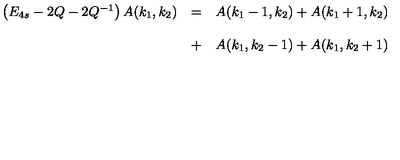
\begin{array} { l l l } { \left( E _ { 4 s } - 2 Q - 2 Q ^ { - 1 } \right) A ( k _ { 1 } , k _ { 2 } ) } & { = } & { A ( k _ { 1 } - 1 , k _ { 2 } ) + A ( k _ { 1 } + 1 , k _ { 2 } ) } \\ { } & { } & { } \\ { } & { + } & { A ( k _ { 1 } , k _ { 2 } - 1 ) + A ( k _ { 1 } , k _ { 2 } + 1 ) } \\ \end{array}